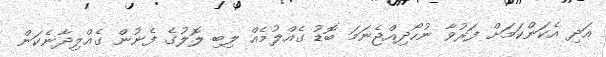
އަދި އެކަންކަމަށް ފަރުވާ ނުހޯދިއްޖެނަމަ ބޮޑު ގެއްލުމެއް ލިބި ލޮލުގެ ފެނުން ގެއްލިދާނެކަން